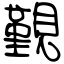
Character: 覲